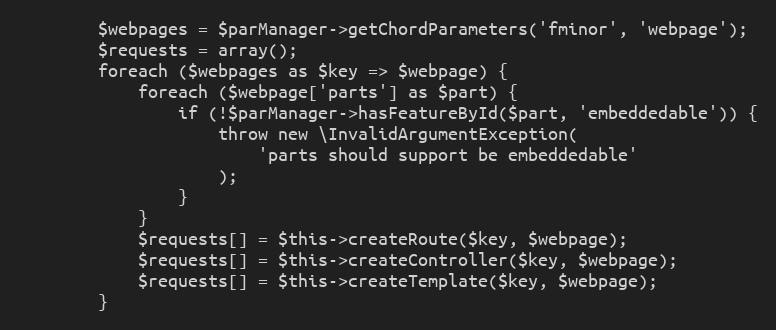
Language: PHP
        $webpages = $parManager->getChordParameters('fminor', 'webpage');
        $requests = array();
        foreach ($webpages as $key => $webpage) {
            foreach ($webpage['parts'] as $part) {
                if (!$parManager->hasFeatureById($part, 'embeddedable')) {
                    throw new \InvalidArgumentException(
                        'parts should support be embeddedable'
                    );
                }
            }
            $requests[] = $this->createRoute($key, $webpage);
            $requests[] = $this->createController($key, $webpage);
            $requests[] = $this->createTemplate($key, $webpage);
        }